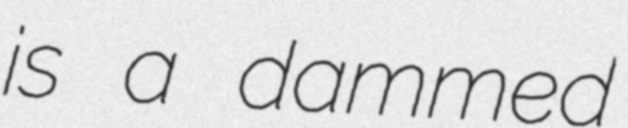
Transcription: is a dammed